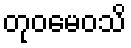
တုဝမေဝသိ